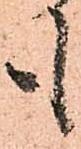
も